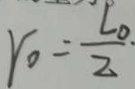
r _ { 0 } = \frac { L _ { 0 . } } { 2 }